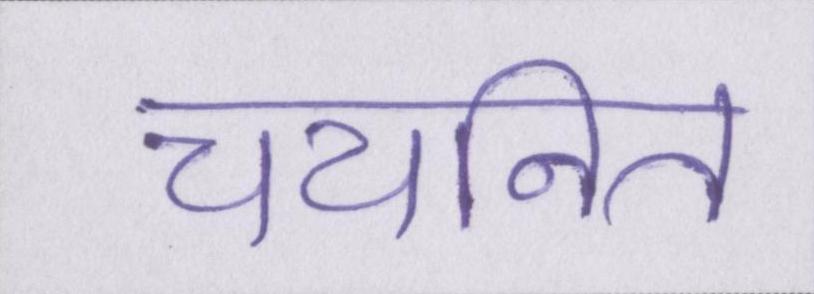
चयनित